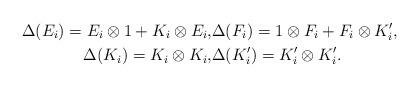
LaTeX: \begin{align*} \Delta(E_i) = E_i \otimes 1 + K_i \otimes E_i, & \Delta(F_i) = 1 \otimes F_i + F_i \otimes K_{i}', \\ \Delta(K_{i}) = K_{i} \otimes K_{i}, & \Delta(K_{i}') = K_{i}' \otimes K_{i}'. \end{align*}